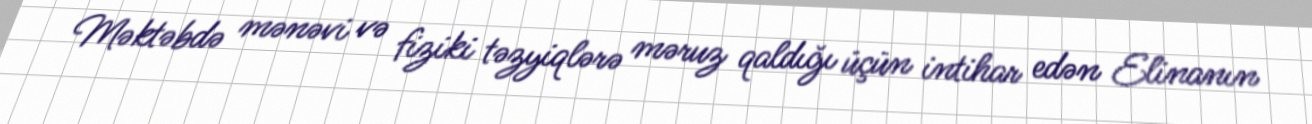
Məktəbdə mənəvi və fiziki təzyiqlərə məruz qaldığı üçün intihar edən Elinanın